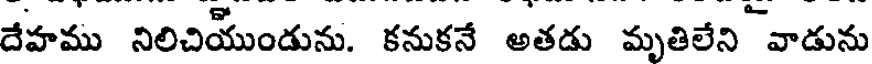
దేహము నిలిచియుండును. కనుకనే అతడు మృతిలేని వాడును